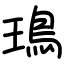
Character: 鳿